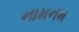
નામનમ